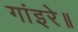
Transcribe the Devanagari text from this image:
गांइरे॥